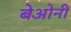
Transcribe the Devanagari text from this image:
बेओनी